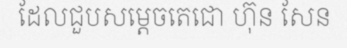
ដែលជួបសម្តេចតេជោ ហ៊ុន សែន